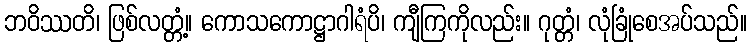
ဘဝိဿတိ၊ ဖြစ်လတ္တံ့။ ကောသကောဋ္ဌာဂါရံပိ၊ ကျီကြကိုလည်း။ ဂုတ္တံ၊ လုံခြုံစေအပ်သည်။